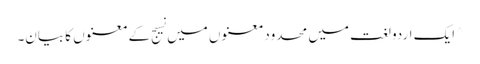
^ ایک اردو لغت میں محدود معنوں میں نسیج کے معنوں کا بیان۔